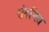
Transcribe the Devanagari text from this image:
संदभित